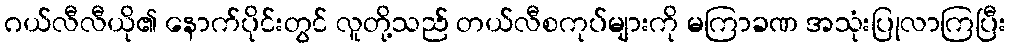
ဂယ်လီလီယို၏ နောက်ပိုင်းတွင် လူတို့သည် တယ်လီစကုပ်များကို မကြာခဏ အသုံးပြုလာကြပြီး